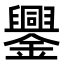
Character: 𨮆